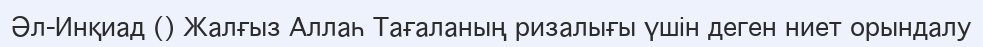
Әл-Инқиад () Жалғыз Аллаһ Тағаланың ризалығы үшін деген ниет орындалу